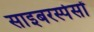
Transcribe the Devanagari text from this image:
साइबरस्पेसों